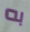
به